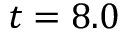
t = 8 . 0